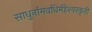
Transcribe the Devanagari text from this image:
साधुर्नामवधिर्महेश्‍वरकृती